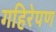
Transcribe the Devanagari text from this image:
गहिरेपण